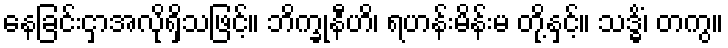
နေခြင်းငှာအလိုရှိသဖြင့်။ ဘိက္ခုနီဟိ၊ ရဟန်းမိန်းမ တို့နှင့်။ သဒ္ဓိံ၊ တကွ။